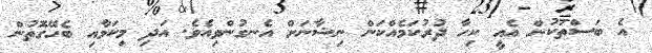
އެ ބަސްތަކުން އެއީ ކިހާ ދުރުކަމެއްކަން ނިޝާނަށް އެނގުންވިއެވެ. އަދި މިކަމާއި ބެހޭގޮތުން